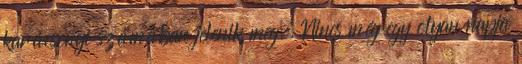
karácsonyi számában jelenik meg. Nincs még egy olyan napja